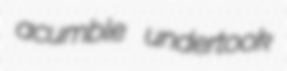
acumble undertook